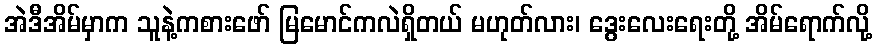
အဲဒီအိမ်မှာက သူနဲ့ကစားဖော် မြမောင်ကလဲရှိတယ် မဟုတ်လား၊ ဒွေးလေးရေးတို့ အိမ်ရောက်လို့